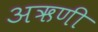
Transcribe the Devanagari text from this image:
अऋणी